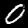
Label: 0